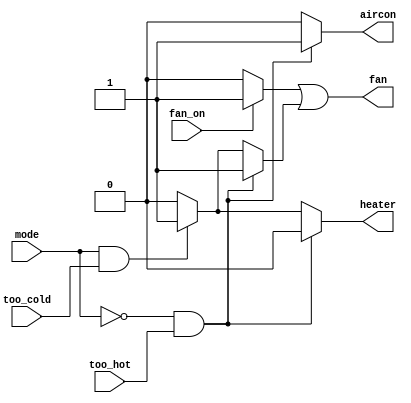
module top_module (
    input too_cold,
    input too_hot,
    input mode,
    input fan_on,
    output heater,
    output aircon,
    output fan
); 
    
    wire fanout_switch, fanout_furnace;
    
    always @ (*) begin
        if (fan_on) 
            fanout_switch = 1'b1;
        else
            fanout_switch = 1'b0;
    end
    
    always @ (*) begin
        if (~mode & too_hot) begin
            aircon = 1'b1;
            heater = 1'b0;
            fanout_furnace = 1'b1;
        end
        else if (mode & too_cold) begin
            aircon = 1'b0;
            heater = 1'b1;
            fanout_furnace = 1'b1;
        end
        else begin
            fanout_furnace = 1'b0;
        	aircon = 1'b0;
            heater = 1'b0;
    	end
   
    end // always @ (*)

    assign fan = fanout_switch | fanout_furnace;
    
endmodule